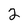
Character: 2